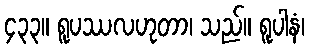
၄၃၃။ ရူပဿလဟုတာ၊ သည်။ ရူပါနံ၊